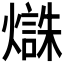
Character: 𱬜